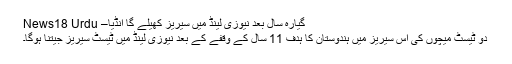
گیارہ سال بعد نیوزی لینڈ میں سیریز کھیلے گا انڈیا– News18 Urdu
دو ٹیسٹ میچوں کی اس سیریز میں ہندوستان کا ہدف 11 سال کے وقفے کے بعد نیوزی لینڈ میں ٹیسٹ سیریز جیتنا ہوگا۔